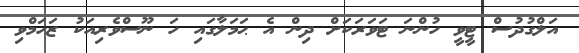
އަލްގުދުސް ޓީވީ ހުންނަ ޓަވަރަކަށް ދިން އެ ޙަމަލާގައި ހަ ނޫސްވެރިއަކު ޒަހަމްވި